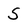
Character: S